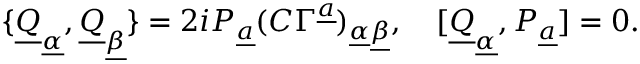
\{ \underline { { Q } } _ { \underline { { \alpha } } } , \underline { { Q } } _ { \underline { { \beta } } } \} = 2 i P _ { \underline { { a } } } ( C \Gamma ^ { \underline { { a } } } ) _ { \underline { { \alpha } } \underline { { \beta } } } , \quad [ \underline { { Q } } _ { \underline { { \alpha } } } , P _ { \underline { { a } } } ] = 0 .